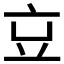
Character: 𠅉